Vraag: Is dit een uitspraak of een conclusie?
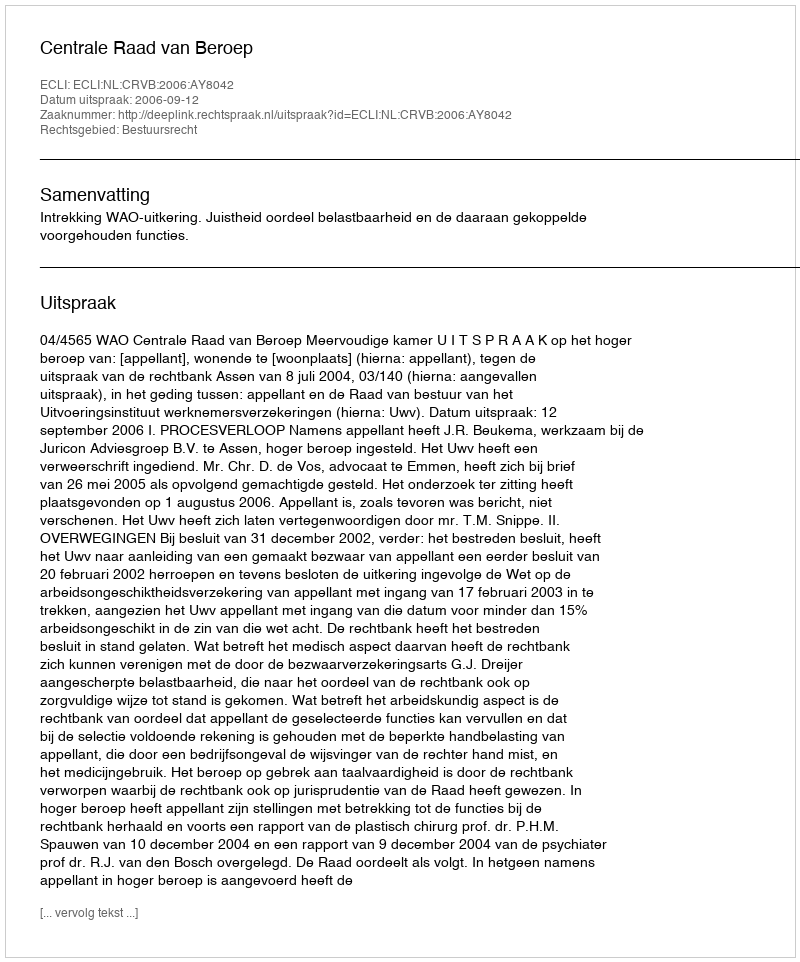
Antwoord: Uitspraak